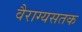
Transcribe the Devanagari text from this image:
वैराग्यसतक